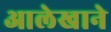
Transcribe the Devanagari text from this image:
आलेखाने